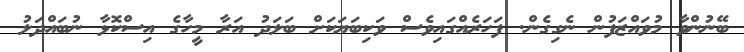
ބޭނުންވާ މުވައްޒަފުން ނެގިގެން. ފަހަރެއްގައިވެސް ވަކިބަޔަކަށް ބަލަދު އަރާ މީހާގެ އިސްކޮޅާ ނުބައްދަލު